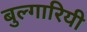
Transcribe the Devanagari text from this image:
बुल्गारियी